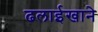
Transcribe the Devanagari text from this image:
ढलाईखाने